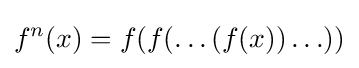
f^{n}(x)=f(f(\ldots (f(x))\ldots ))